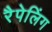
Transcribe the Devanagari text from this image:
रैपेलिंग